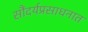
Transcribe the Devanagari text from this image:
सौंदर्यप्रसाधनात